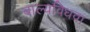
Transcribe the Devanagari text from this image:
बाल्यविधवा